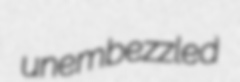
unembezzled